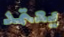
يعتمد